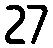
27